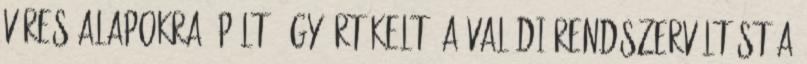
véres alapokra épült. Úgy értékelt: a valódi rendszerváltást a